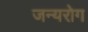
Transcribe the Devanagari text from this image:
जन्‍यरोग